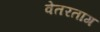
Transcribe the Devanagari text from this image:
वेतरताग